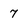
Character: 7